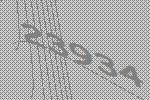
23934